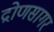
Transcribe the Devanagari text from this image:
द्रोणसागर